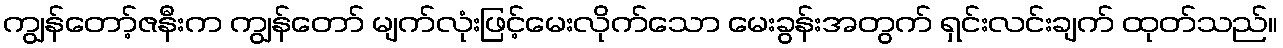
ကျွန်တော့်ဇနီးက ကျွန်တော် မျက်လုံးဖြင့်မေးလိုက်သော မေးခွန်းအတွက် ရှင်းလင်းချက် ထုတ်သည်။